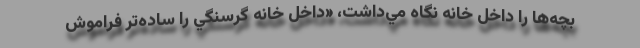
بچه‌ها را داخل خانه نگاه مي‌داشت، «داخل خانه گرسنگي را ساده‌تر فراموش